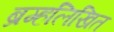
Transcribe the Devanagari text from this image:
ब्रम्हलिखित